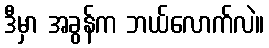
ဒီမှာ အခွန်က ဘယ်လောက်လဲ။